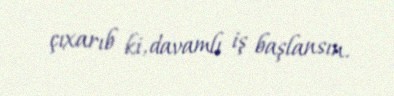
çıxarıb ki, davamlı iş başlansın.